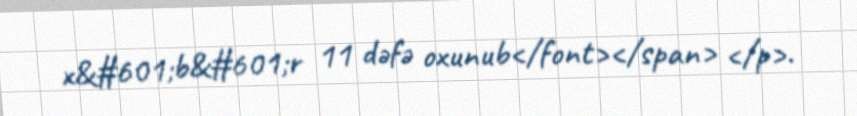
x&#601;b&#601;r 11 dəfə oxunub</font></span> </p>.